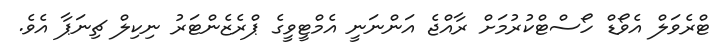
ޓްރެވަލް އެވޯޑް ހޯސްޓްކުރުުމަށް ރާއްޖެ އަންނަނީ އެމްޓީވީގެ ޕްރެޒެންޓަރު ނިކިލް ޗިނަޕާ އެވެ.